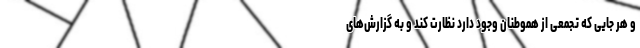
و هر جایی که تجمعی از هموطنان وجود دارد نظارت کند و به گزارش‌‌های